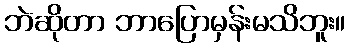
ဘဲဆိုတာ ဘာပြောမှန်းမသိဘူး။